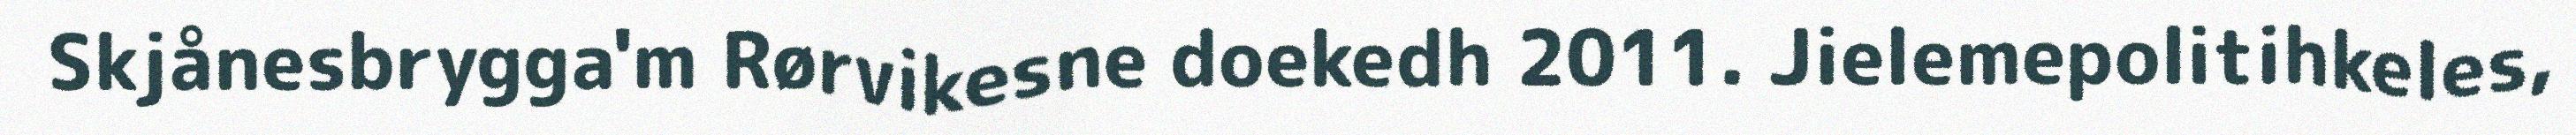
Skjånesbrygga'm Rørvikesne doekedh 2011. Jielemepolitihkeles,